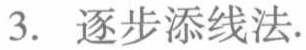
3. 逐步添线法.